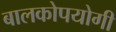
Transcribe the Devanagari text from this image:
बालकोपयोगी